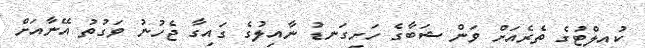
ކުއިލްޓުގެ ތެރެއަށް ވަން ޝަބާގެ ހަށިގަނޑު ނާއިލުގެ ގައިގާ ޖެހުނު ވަގުތު އޭނާއަށް